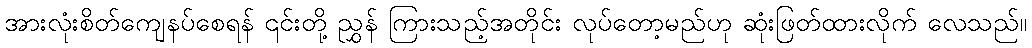
အားလုံးစိတ်ကျေနပ်စေရန် ၎င်းတို့ ညွှန် ကြားသည့်အတိုင်း လုပ်တော့မည်ဟု ဆုံးဖြတ်ထားလိုက် လေသည်။